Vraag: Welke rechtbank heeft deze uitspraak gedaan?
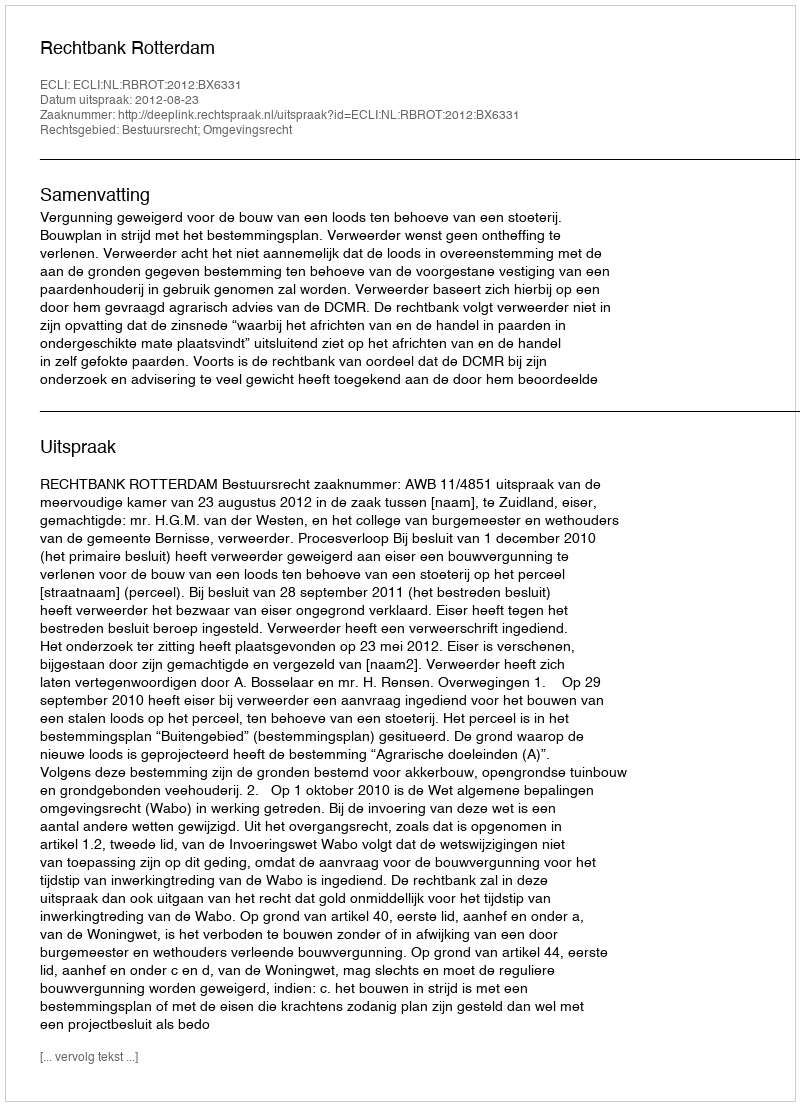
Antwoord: Rechtbank Rotterdam